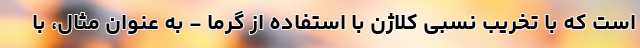
است که با تخریب نسبی کلاژن با استفاده از گرما - به عنوان مثال، با